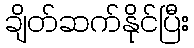
ချိတ်ဆက်နိုင်ပြီး